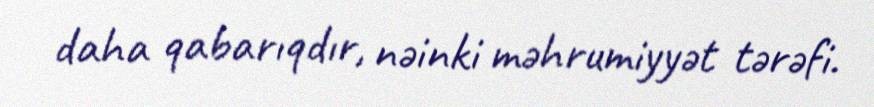
daha qabarıqdır, nəinki məhrumiyyət tərəfi.